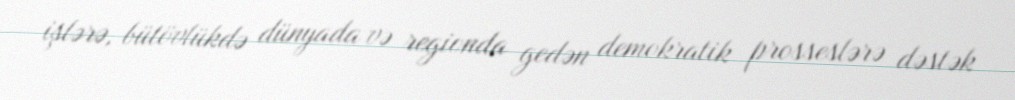
işlərə, bütövlükdə dünyada və regionda gedən demokratik prosseslərə dəstək